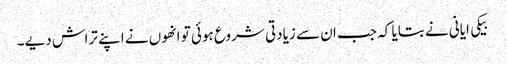
بیکی ایانی نے بتایا کہ جب ان سے زیادتی شروع ہوئی تو انھوں نے اپنے تراش دیے۔